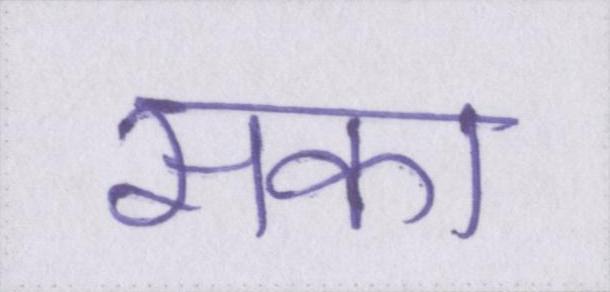
सका